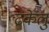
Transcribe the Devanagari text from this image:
ढकेलु